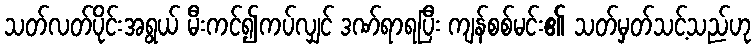
သတ်လတ်ပိုင်းအရွယ် မီးကင်၍ကပ်လျှင် ဒဏ်ရာရပြီး ကျန်စစ်မင်း၏ သတ်မှတ်သင့်သည်ဟု